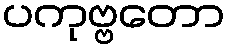
ပကုဗ္ဗတော